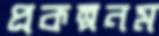
প্রকল্পনম